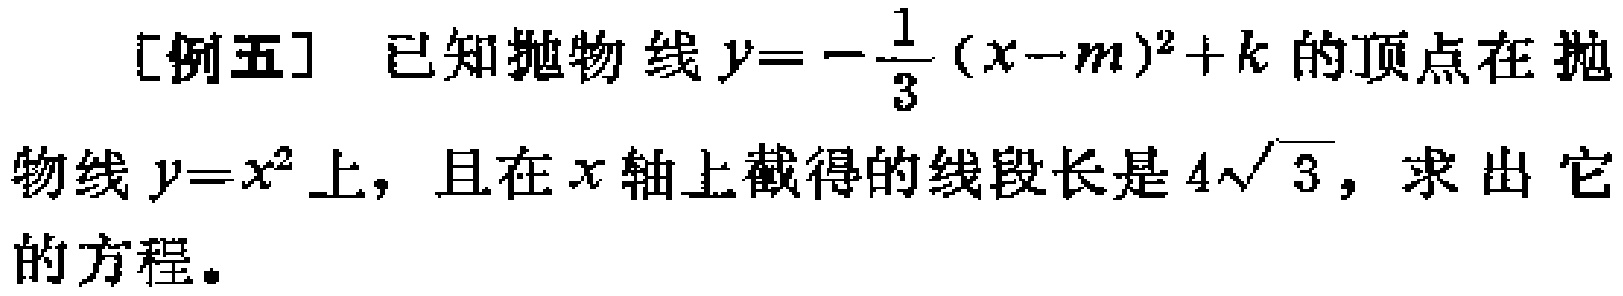
[例五] 已知抛物线$y = -\frac{1}{3}(x - m)^2 + k$的顶点在抛物线$y = x^2$上，且在$x$轴上截得的线段长是$4\sqrt{3}$，求出它的方程。